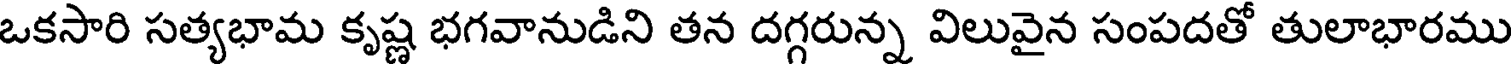
ఒకసారి సత్యభామ కృష్ణ భగవానుడిని తన దగ్గరున్న విలువైన సంపదతో తులాభారము